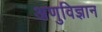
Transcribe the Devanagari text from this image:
अणुविज्ञान